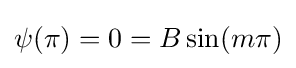
\psi (\pi )=0=B\sin(m\pi )